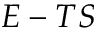
E - T S